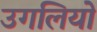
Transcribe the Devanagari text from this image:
उगलियो